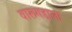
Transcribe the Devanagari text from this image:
वारूगडाला